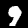
Label: 9